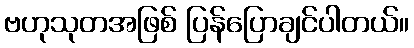
ဗဟုသုတအဖြစ် ပြန်ပြောချင်ပါတယ်။